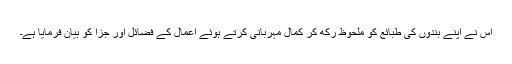
اس نے اپنے بندوں کی طبائع کو ملحوظ رکھ کر کمال مہربانی کرتے ہوئے اعمال کے فضائل اور جزا کو بیان فرمایا ہے۔